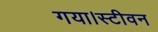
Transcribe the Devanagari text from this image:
गया।स्टीवन